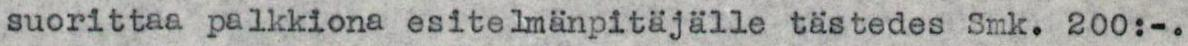
suorittaa palkkiona esitelmänpitäjälle tästedes Smk. 200:-.